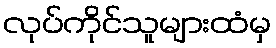
လုပ်ကိုင်သူများထံမှ